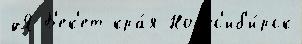
дЯ Б'ек'ет кра́я Новос'иб'и́рск